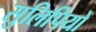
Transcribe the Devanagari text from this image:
सुलिपियों